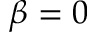
\beta = 0